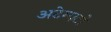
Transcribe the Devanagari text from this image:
अटेम्पटो